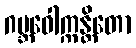
ဂဗ္ဘဝေါက္ကန္တိတော